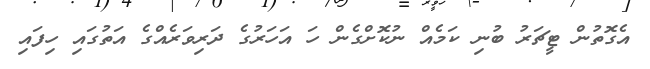
އެގޮތުން ޓީޗަރު ބުނި ކަމެއް ނުކޮށްގެން ހަ އަހަރުގެ ދަރިވަރެއްގެ އަތުގައި ހިފައި